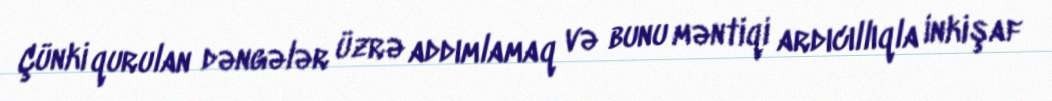
Çünki qurulan dəngələr üzrə addımlamaq və bunu məntiqi ardıcıllıqla inkişaf